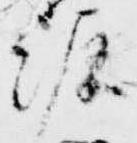
源